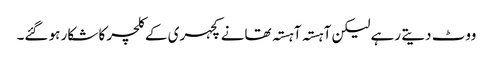
ووٹ دیتے رہے لیکن آہستہ آہستہ تھانے کچہری کے کلچر کا شکار ہو گئے۔